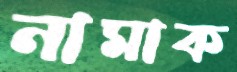
নামাক